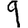
Digit: 9